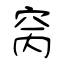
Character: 窉